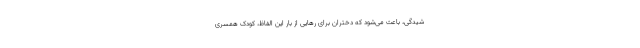
شیدگی، باعث می‌شود که دختران برای رهایی از بار این الفاظ، کودک همسری